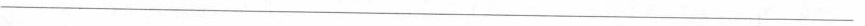
___